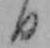
日